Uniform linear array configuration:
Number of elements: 4
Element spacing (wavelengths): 0.5
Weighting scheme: cosine
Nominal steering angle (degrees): -60
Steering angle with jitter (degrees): -60.812
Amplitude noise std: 0.05
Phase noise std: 0.05

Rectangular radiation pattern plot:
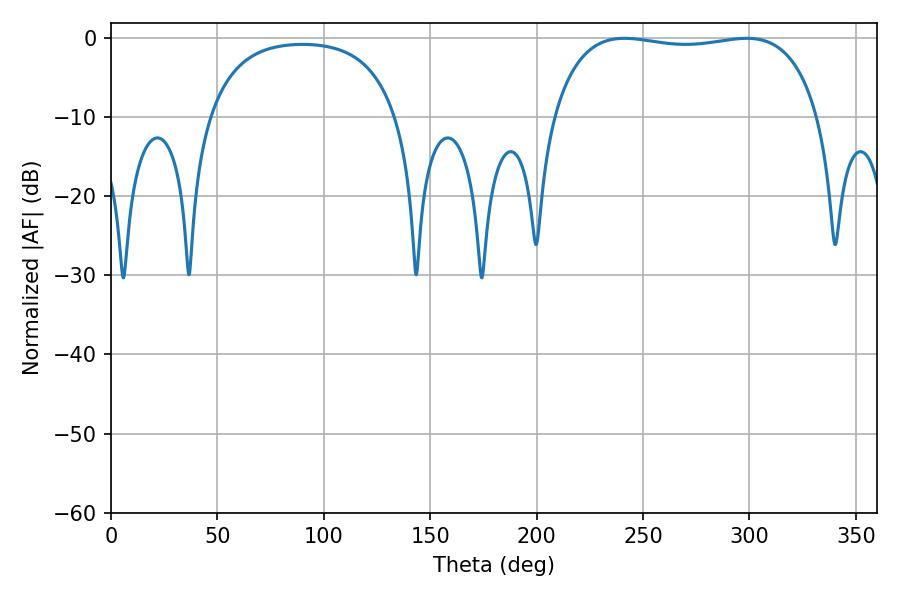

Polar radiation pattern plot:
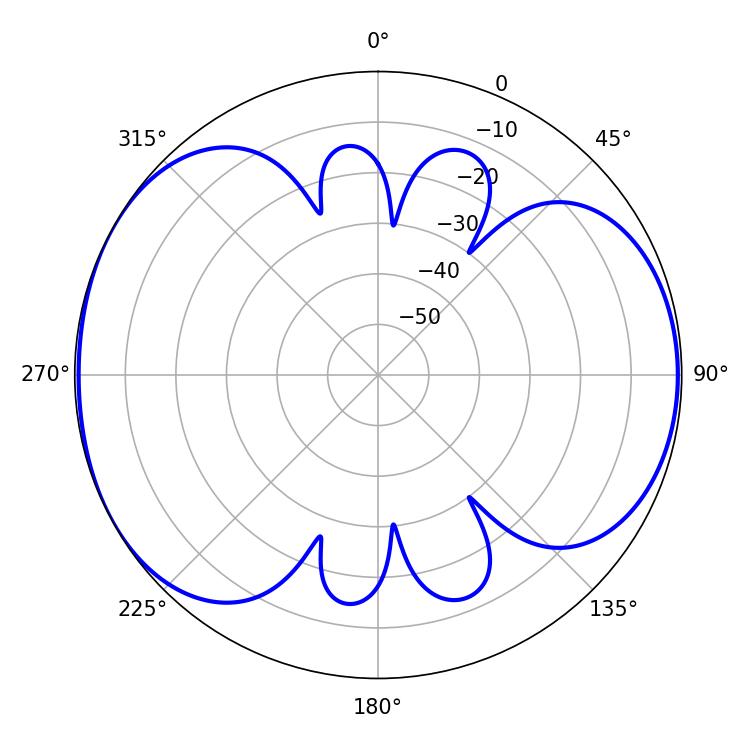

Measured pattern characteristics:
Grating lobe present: FALSE
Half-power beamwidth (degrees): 100.44
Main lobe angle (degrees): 241.2